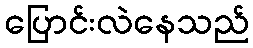
ပြောင်းလဲနေသည်